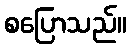
စပြောသည်။